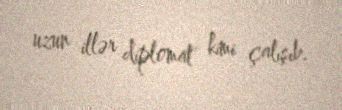
uzun illər diplomat kimi çalışıb.